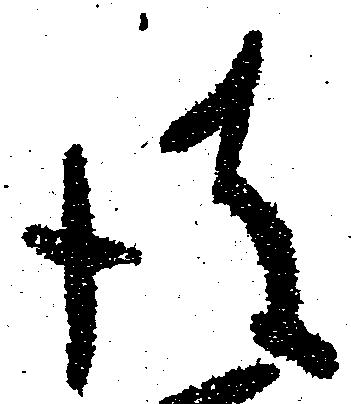
彼